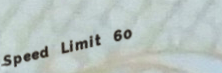
Speed Limit 60